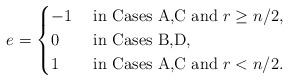
LaTeX: \begin{align*} e = \begin{cases}-1 & \textrm{ in Cases A,C and } r \geq n/2,\\0 & \textrm{ in Cases B,D,}\\1 & \textrm{ in Cases A,C and } r < n/2.\end{cases}\end{align*}